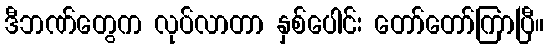
ဒီဘဏ်တွေက လုပ်လာတာ နှစ်ပေါင်း တော်တော်ကြာပြီ။